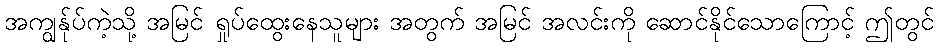
အကျွန်ုပ်ကဲ့သို့ အမြင် ရှုပ်ထွေးနေသူများ အတွက် အမြင် အလင်းကို ဆောင်နိုင်သောကြောင့် ဤတွင်